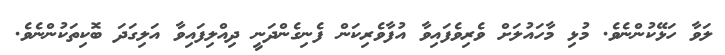
ލަވާ ހަޅޭކުންނެވެ. މުޅި މާހައުލަށް ވެރިވެފައިވާ އުފާވެރިކަން ފެނިގެންދަނީ ދިއްލިފައިވާ އަލިގަދަ ބޮކިތަކުންނެވެ.